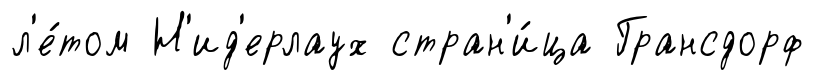
л'е́том Н'ид'ерлаух стран'и́ца Грансдорф